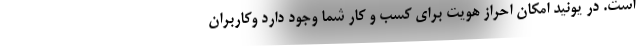
است. در یونید امکان احراز هویت برای کسب و کار شما وجود دارد وکاربران